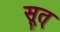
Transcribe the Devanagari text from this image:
सूत्